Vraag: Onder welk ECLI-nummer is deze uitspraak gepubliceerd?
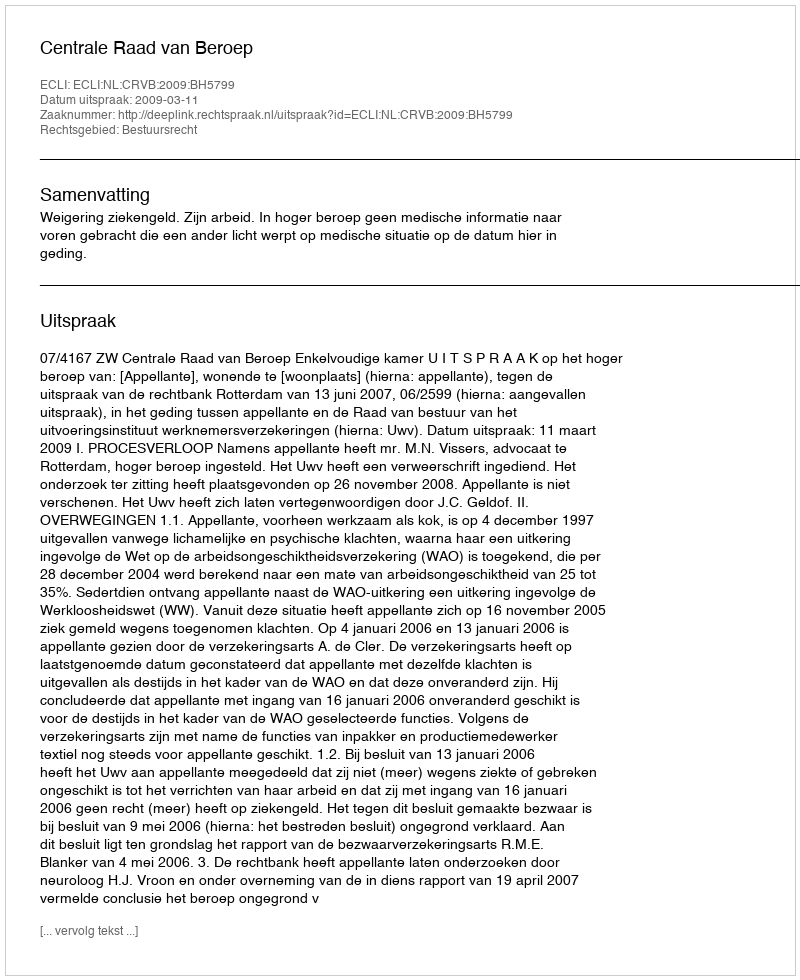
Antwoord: ECLI:NL:CRVB:2009:BH5799